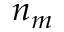
n _ { m }